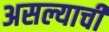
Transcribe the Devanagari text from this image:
असल्याचीं